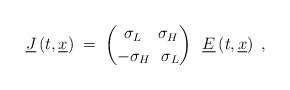
\begin{align*}\underline{J} \left(t, \underline{x}\right) \;=\; {~\sigma_L~~~\sigma_H \choose -\sigma_H~~\sigma_L} ~~\underline{E}\left( t, \underline{x}\right)~,\end{align*}